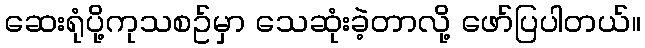
ဆေးရုံပို့ကုသစဥ်မှာ သေဆုံးခဲ့တာလို့ ဖော်ပြပါတယ်။